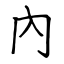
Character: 內